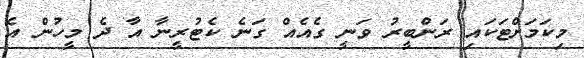
މިކަމަށްޓަކައި ރަންބީރު ވަނީ ގެއެއް ގަނެ ކެޓުރީނާ އާ ދެ މީހުން އެ